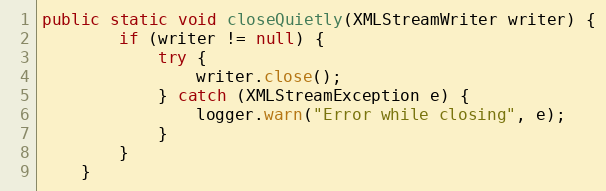
Language: Java
public static void closeQuietly(XMLStreamWriter writer) {
        if (writer != null) {
            try {
                writer.close();
            } catch (XMLStreamException e) {
                logger.warn("Error while closing", e);
            }
        }
    }